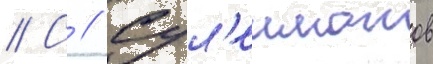
// С // Сул'еиманов